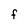
Character: F